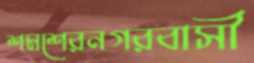
শমশেরনগরবাসী